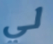
لي